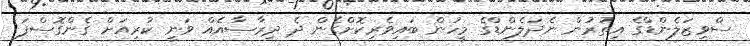
ސްވިޒަލެންޑްގެ އިތުރުން ނެދަލެންޑްގެ މީހުން ބައިވެރިކޮށްގެން ދެ ދިރާސާއެއް ވަނީ ކުރިއަށް ގެންގޮސްފަ